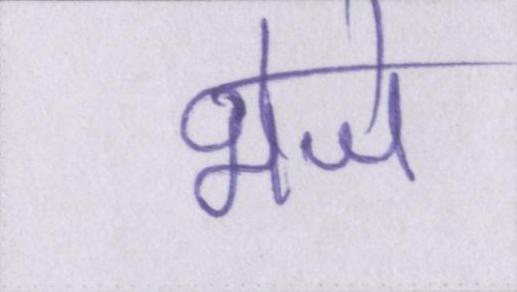
भेजे